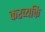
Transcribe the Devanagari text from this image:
करव्यक्ति